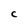
Character: C